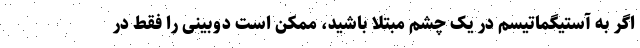
اگر به آستیگماتیسم در یک چشم مبتلا باشید، ممکن است دوبینی را فقط در